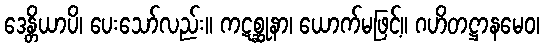
ဒေန္တိယာပိ၊ ပေးသော်လည်း။ ကဋစ္ဆုနာ၊ ယောက်မဖြင့်။ ဂဟိတဋ္ဌာနမေဝ၊